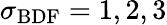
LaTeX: \sigma_{\mathrm{BDF}}=1,2,3